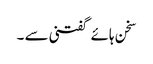
سخن ہائے گفتنی سے ۔